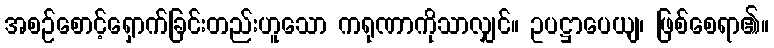
အစဉ်စောင့်ရှောက်ခြင်းတည်းဟူသော ကရုဏာကိုသာလျှင်။ ဥပဋ္ဌာပေယျ၊ ဖြစ်စေရာ၏။